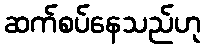
ဆက်စပ်နေသည်ဟု